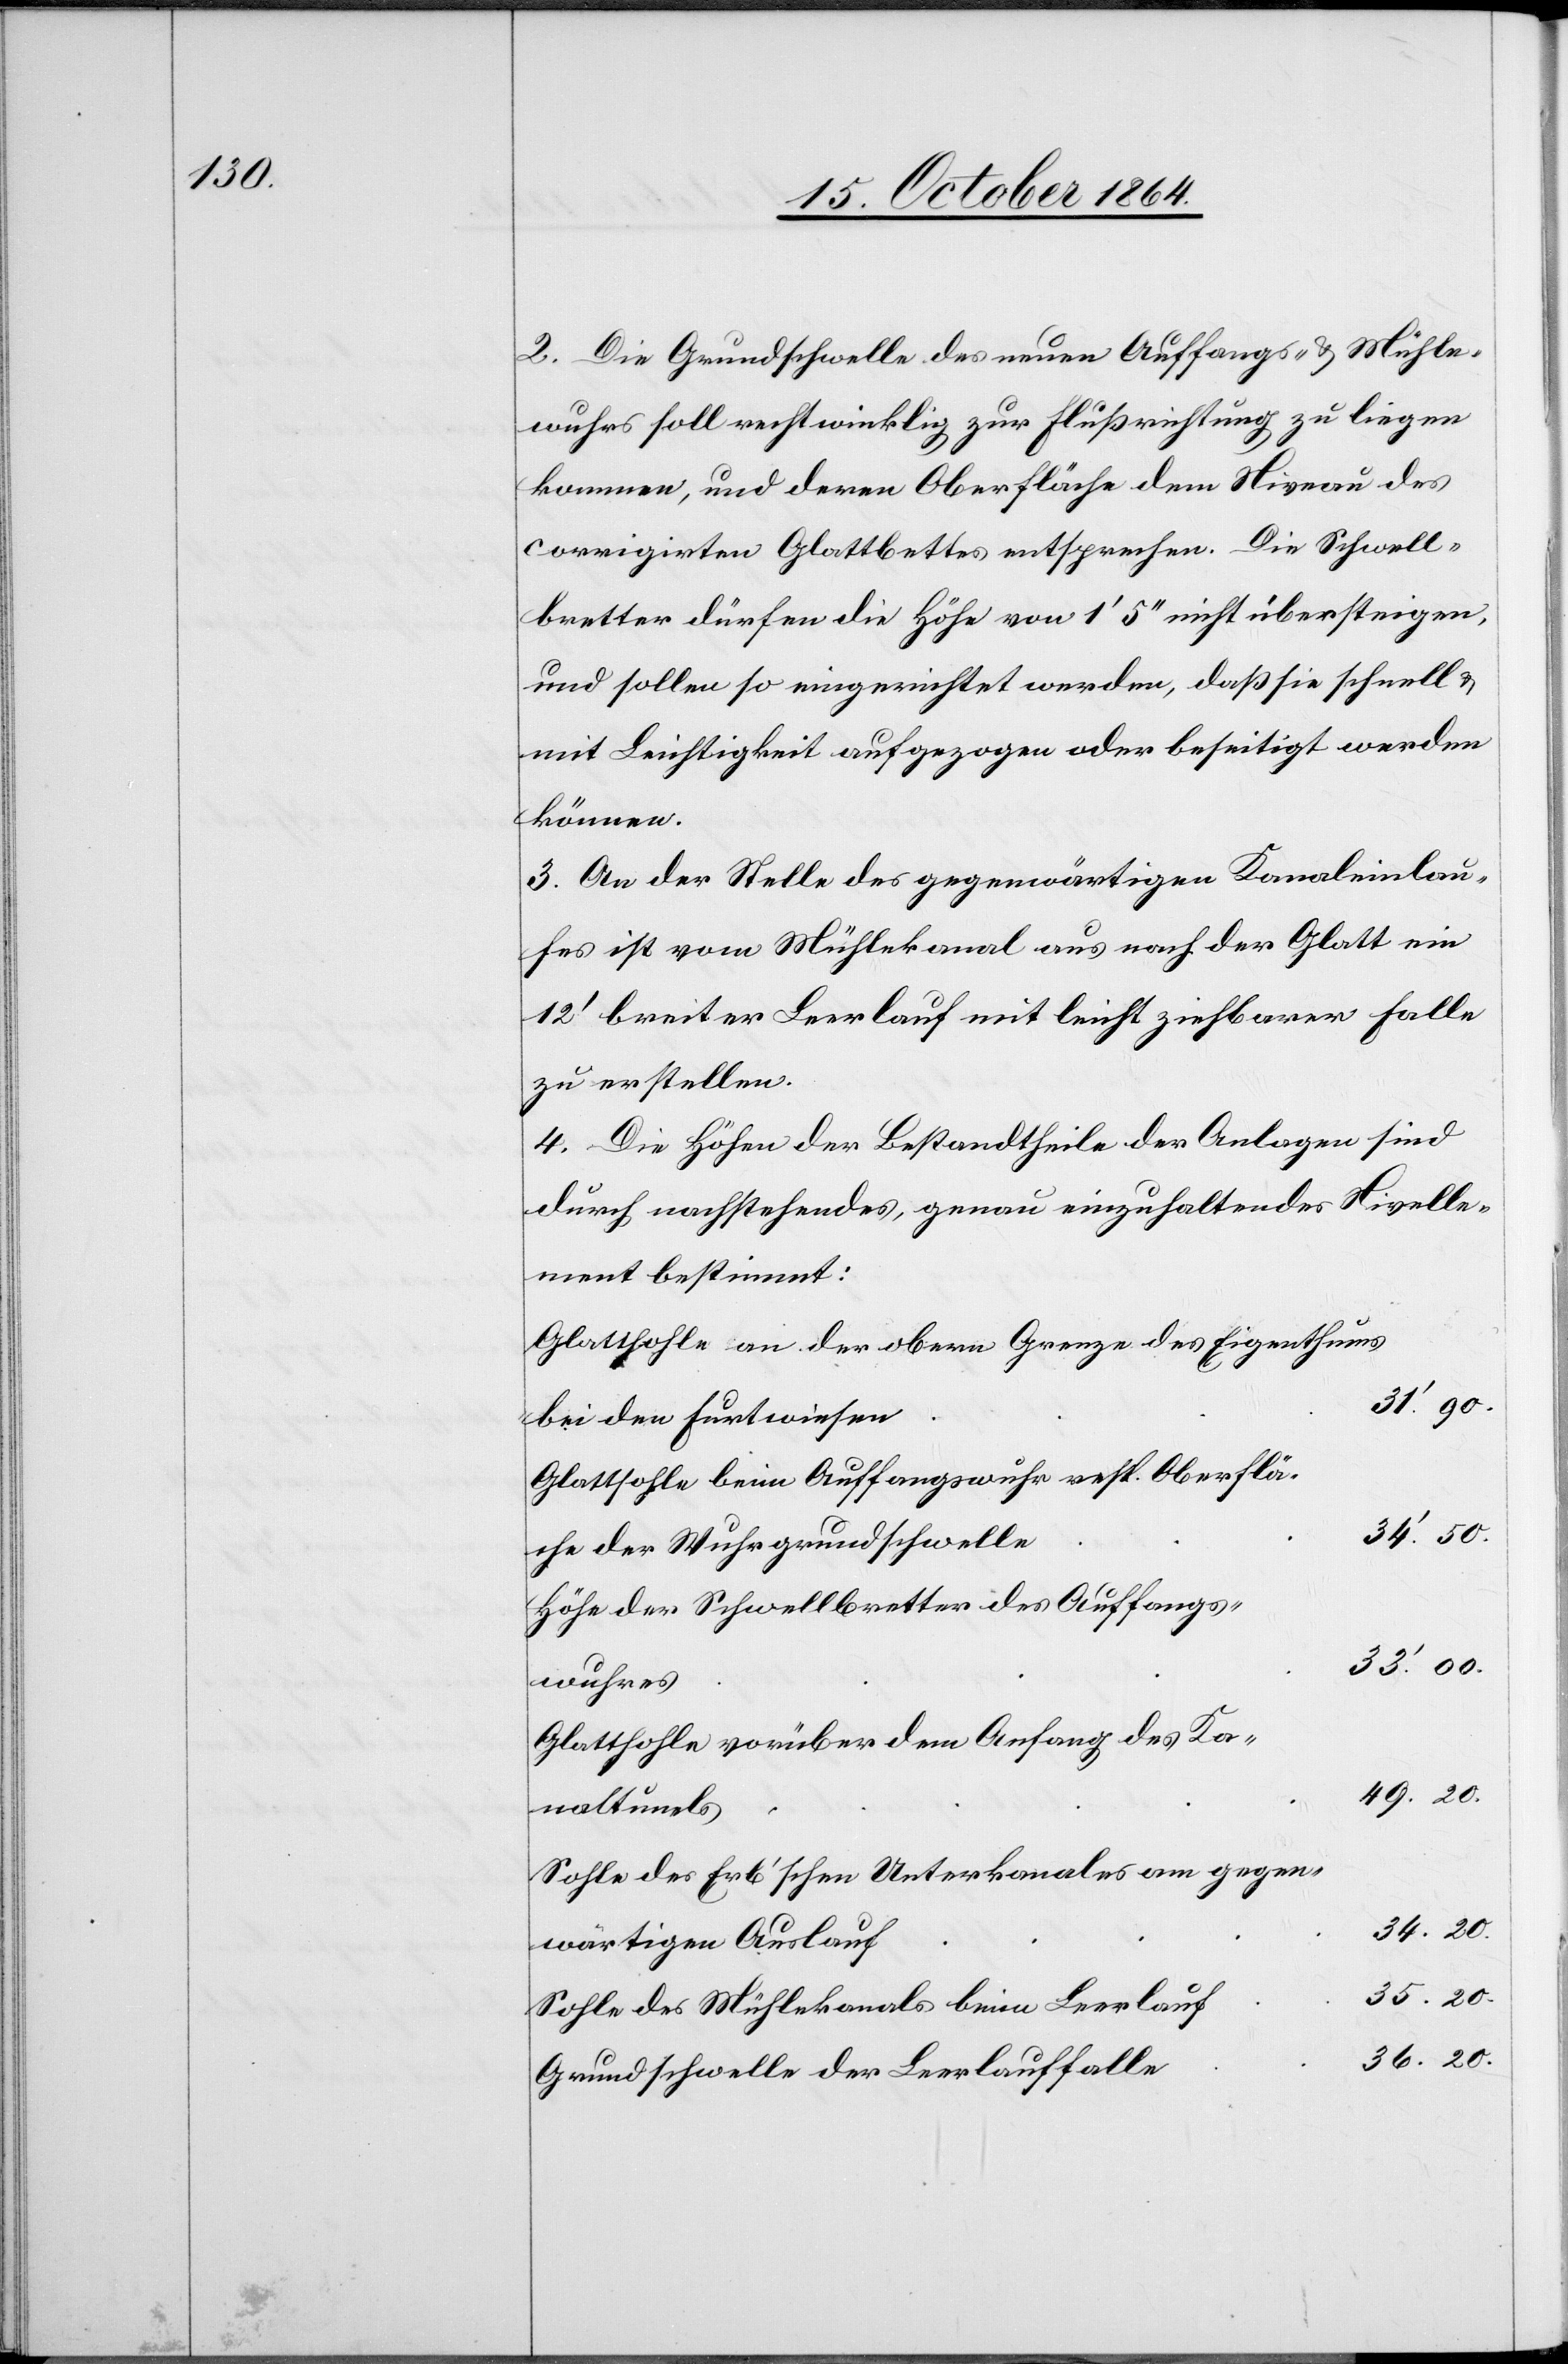
2. Die Grundschwelle des neuen Auffangs- & Mühle¬
wuhres soll rechtwinklig zur Flußrichtung zu liegen
kommen, und deren Oberfläche dem Niveau des
corrigirten Glattbettes entsprechen. Die Schwell¬
bretter dürfen die Höhe von 1’ 5’’ nicht übersteigen
und sollen so eingerichtet werden, daß die schnell &
mit Leichtigkeit aufgezogen oder beseitigt werden
können.
3. An der Stelle des gegenwärtigen Kanaleinlau¬
fes ist vom Mühlekanal aus nach der Glatt ein
12’ breiter Leerlauf mit leicht ziehbarer Falle
zu erstellen.
4. Die Höhen der Bestandtheile der Anlagen sind
durch nachstehendes, genau einzuhaltendes Nivelle¬
ment bestimmt:
Glattsohle an der obern Grenze des Eigenthums
31.’ 90.
bei den Furtwiesen
Glattsohle beim Auffangswuhr resp. Oberflä¬
34.’ 50.
che der Wuhrgrundschwelle
Höhe der Schwellbretter des Auffangs¬
33.’ 00.
wuhres
Glattsohle vorüber dem Anfang des Ka¬
49. 20.
naltun[n]els
Sohle des Erb’schen Unterkanales am gegen¬
34. 20.
wärtigen Auslauf
35. 20.
Sohle des Mühlekanals beim Leerlauf
36. 20.
Grundschwelle der Leerlauffalle